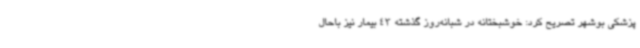
پزشکی بوشهر تصریح کرد: خوشبختانه در شبانه‌روز گذشته 43 بیمار نیز باحال